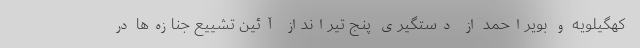
کهگیلویه و بویراحمد از دستگیری پنج تیرانداز آئین تشییع جنازه‌ها در